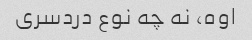
اوه، نه چه نوع دردسری